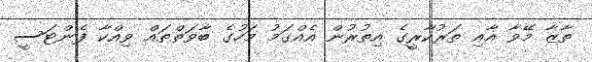
ތާޒާ މޭވާ އާއި ތަރުކާރީގެ އިތުރުން އެއްގަމު މަހުގެ ބާވަތްތައް ވިއްކާ ފެންޓަސީ